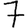
Digit: 7